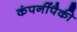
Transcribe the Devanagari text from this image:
कंपनींपैकी